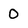
Character: 0